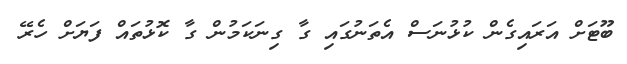
ބޫޓަށް އަރައިގެން ކުޅުނަސް އެތަނުގައި ގާ ގިނަކަމުން ގާ ކޮޅުތައް ފަޔަށް ހެރޭ